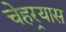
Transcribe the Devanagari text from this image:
चेहर्‍यास